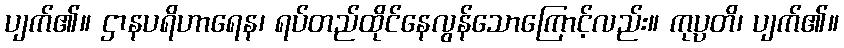
ပျက်၏။ ဌာနပရိဟာရေန၊ ရပ်တည်ထိုင်နေလွန်သောကြောင့်လည်း။ ကုပ္ပတိ၊ ပျက်၏။